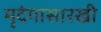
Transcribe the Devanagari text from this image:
मृदंगासारखी